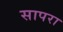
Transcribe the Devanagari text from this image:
सापरा